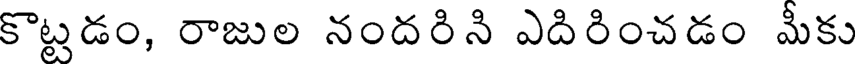
కొట్టడం, రాజుల నందరిని ఎదిరించడం మీకు